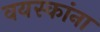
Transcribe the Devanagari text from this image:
वयस्कांना